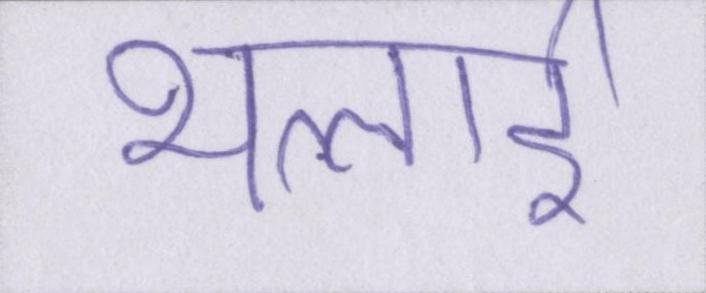
भलाई